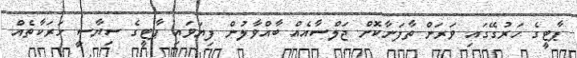
ޕާޓީގެ ހަރުގޭގައި ވަރަށް ތާފަނާކޮށް ޖަލްސާއެއް ބާއްވާލުން ފިޔަވައި ޕާޓީގެ ސިޔާސީ ހަރަކާތެއް